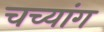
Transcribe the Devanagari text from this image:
चच्यांग